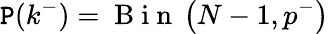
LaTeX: \mathtt{P}(k^{-})=\mathrm{{~B~i~n~}}\left(N-1,p^{-}\right)